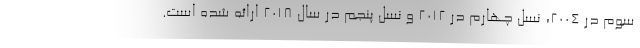
سوم در 2004، نسل چهارم در 2012 و نسل پنجم در سال 2018 ارائه شده است.